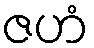
ဇဟံ